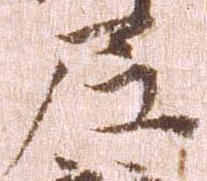
尼